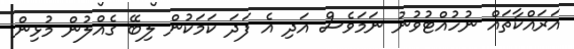
އަރައްކާތައް ނުހުއްޓުވުނު ނަމަވެސް އަދި އެ ފަދަ ކަމަކުން ލިބޭ ގެއްލުން މުޅިން